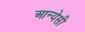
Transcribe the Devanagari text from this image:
आन्येसी